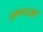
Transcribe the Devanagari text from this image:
रोममध्येही